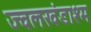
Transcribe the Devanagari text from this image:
ज्वलखंडाश्म